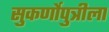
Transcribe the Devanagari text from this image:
सुकर्णोपुत्रीला